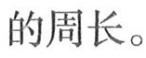
的周长。